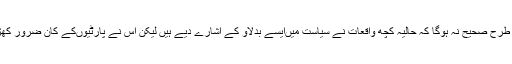
یہ کہنا تو پوری طرح صحیح نہ ہوگا کہ حالیہ کچھ واقعات نے سیاست میںایسے بدلاؤ کے اشارے دیے ہیں لیکن اس نے پارٹیوںکے کان ضرور کھڑے کردیے ہیں۔